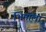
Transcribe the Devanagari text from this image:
भिमाला